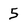
Character: 5